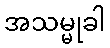
အသမ္မုခါ